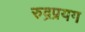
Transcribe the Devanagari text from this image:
रुद्रप्रयग